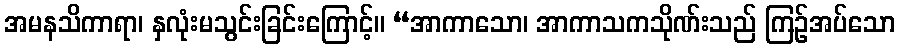
အမနသိကာရာ၊ နှလုံးမသွင်းခြင်းကြောင့်။ “အာကာသော၊ အာကာသကသိုဏ်းသည် ကြဉ်အပ်သော